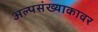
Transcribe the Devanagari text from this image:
अल्पसंख्याकावर